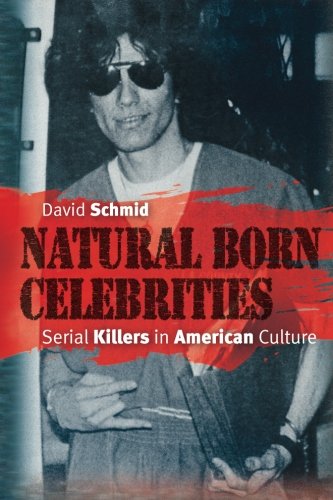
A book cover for Natural Born Celebrities: Serial Killers in American Culture; David Schmid; Biographies & Memoirs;